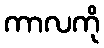
ကာလကို